Annual statistical returns and brief notes on vaccination in Bengal - 1896-1909
Year: 1896
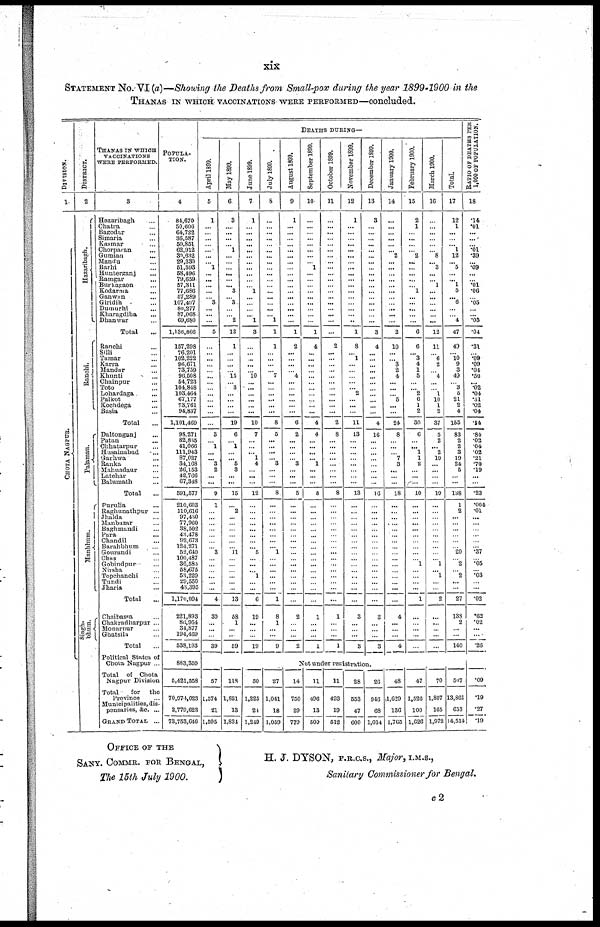
xix
STATEMENT No.VI(a)—Showing the Deaths from Small-pox during the year 1899-1900 in the
THANAS IN WHICH VACCINATIONS WERE PERFORMED—concluded.
DIVISION.
1
CHOTA NAGPUR.
DISTRICT.
2
Hazaribagh.
Ranchi.
Palamau.
Manbhum.
Singh¬
bhum.
THANAS IN WHICH
VACCINATIONS
WERE PERFORMED.
3
Hazaribagh ...
Chatra ...
Bagodar ...
Simaria ...
Kasmar ...
Chorparan ...
Gumian ...
Mandu ...
Barhi ...
Hunterganj ...
Ramgar ...
Burkagaon ...
Kodarma ...
Ganwan ...
Giridih ...
Dumurhi ...
Kharagdiha ...
Dhanwar ...
Total ...
Ranchi ...
Silli ...
Tamar ...
Karra ...
Mandar ...
Khunti ...
Chainpur ...
Toto ...
Lohardaga ...
Palkot ...
Kochdega ...
Basia ...
Total ...
Daltonganj ...
Patan ...
Chhatarpur ...
Husainabad ...
Garhwa ...
Ranka ...
Mahuadaur ...
Latehar ...
Balumath ...
Total ...
Purulia ...
Raghunathpur ...
Jhalda ...
Manbazar ...
Baghmandi ...
Para ...
Chandil ...
Barahbhum ...
Gourandi ...
Chas ...
Gobindpur ...
Nirsha ...
Topchanchi ...
Tundi ...
Jharia ...
Total ...
Chnibassa ...
Chakradharpur ...
Monarnur ...
Ghatsila ...
Total ...
Political States of
Chota Nagpur ...
Total of Chota
Nagpur Division
Total
for
t h e
Province
Municipalities, dis-
pensaries, &c. ...
GRAND TOTAL ...
POPULA-
----.
4
84,670 50,606
64,722
36,587 50,851
62,912
30,632
29,330
51,593
58,496
79,659
57,311
77,686
57,289
107,497
80,277
87,0277
69,680
1,136,866
157,298
76,201
102,222
98,671
73,759
96,508
54,723
104,848
103,464
67,177
73,761
94,837
1,101,469
98,271
82,835
41,066
111,943
87,027
34,163
26,153
42,766
67,348
591,577
210,603
110,616
97,430
77,960
38,502
43, 478
92,673
124,271
52,640
100,487
36,585
58,675
53,220
29,550
43,395
1,170,094
221,893
86,954
34,877
194,469
538,193
883,359
5,421,558
70,974,023
2,779,623
73,753,646
DEATHS DURING—
April 1899.
5
1
...
...
...
...
...
...
... 1
...
...
...
...
... 3
...
...
...
5
...
...
...
...
...
...
...
...
...
...
...
...
...
3
... 1
...
... 3
2
...
...
9
1
...
...
...
...
...
...
... 3
...
...
...
...
...
...
4
39
...
...
...
39
May 1899.
6
3
...
...
...
... 1
...
...
...
...
...
... 3
... 3
...
... 2
12
1
...
...
...
... 15
... 3
...
...
...
...
19
6
... 1
...
... 5
3
...
...
15
...
2
...
...
...
...
...
... 11
...
...
...
...
...
..
13
58
1
...
...
59
June 1899.
7
1
...
...
...
...
...
...
...
...
...
...
... 1
...
...
...
... 1
3
...
...
...
...
... 10
...
...
...
...
...
...
10
7
...
...
... 1
4
...
...
...
12
...
...
...
...
...
...
...
... 5
...
...
... 1
...
...
6
19
...
...
...
19
July 1899.
8
...
...
...
...
...
...
...
...
...
...
...
...
...
...
...
...
... 1
1
1
...
...
...
... 7
...
...
...
...
...
...
8
5
...
...
...
... 3
...
...
...
8
...
...
...
...
...
...
...
... 1
...
...
...
...
...
...
1
8
1
...
...
9
August 1899.
9
1
...
...
...
...
...
...
...
...
...
...
...
...
...
...
...
...
...
1
2
...
...
...
... 4
...
...
...
...
...
...
6
2
...
...
...
... 3
...
...
...
5
...
...
...
...
...
...
...
...
...
...
...
...
...
...
...
...
2
...
...
...
2
September 1899.
10
...
...
...
...
...
...
...
... 1
...
...
...
...
...
...
...
...
...
1
4
...
...
...
...
...
...
...
...
...
...
...
4
4
...
...
...
... 1
...
...
...
6
...
...
...
...
...
...
...
...
...
...
...
...
...
...
...
...
1
...
...
...
1
October 1899.
11
...
...
...
...
...
...
...
...
...
...
...
...
...
...
...
...
...
...
...
2
...
...
...
...
...
...
...
...
...
...
...
2
8
...
...
...
...
...
...
...
...
8
...
...
...
...
...
...
...
...
...
...
...
...
...
...
...
...
1
...
...
...
1
November 1899.
12
1
...
...
...
...
...
...
...
...
...
...
...
...
...
...
...
...
...
1
8
... 1
...
...
...
...
... 2
...
...
...
11
13
...
...
...
...
...
...
...
...
13
...
...
...
...
...
...
...
...
...
...
...
...
...
...
...
...
3
...
...
...
3
December 1899.
13
3
...
...
...
...
...
...
...
...
...
...
...
...
...
...
...
...
...
3
4
...
...
...
...
...
...
...
...
...
...
...
4
16
...
...
...
...
...
...
...
...
16
...
...
...
...
...
...
...
...
...
...
...
...
...
...
...
...
3
...
...
...
3
January 1900.
14
...
...
... ...
...
... 2
...
...
...
...
...
...
...
...
...
...
...
2
10
...
... 3
2
4
...
...
... 5
...
...
24
8
...
...
... 7
3
...
...
...
18
...
...
...
...
...
...
...
...
...
...
...
...
...
...
...
...
4
...
...
...
4
February 1900.
15
2
1
...
...
...
... 2
...
...
...
...
... 1
...
...
...
...
...
6
6
... 3
4
1
5
...
... 2
6
1
2
30
6
...
... 1
1
2
...
...
...
10
...
...
...
...
...
...
...
...
...
... 1
...
...
...
...
1
...
...
...
...
...
March 1900.
16
...
...
...
...
...
... 8
... 3
...
... 1
...
...
...
...
...
...
12
11
... 6
2
... 4
...
... 1
10
1
2
37
5
2
2
10
...
...
...
...
19
...
...
...
...
...
...
...
...
...
... 1
... 1
...
...
2
...
...
...
...
Total.
17
12
1
...
...
... 1
12
... 5
...
...
1
5
... 6
...
... 4
47
40
... 10
9
3
49
... 3
5
21
2
4
155
83
2
2
3
19
24
5
...
...
138
1
2
...
...
...
...
...
... 20
... 2
... 2
...
...
27
138
2
...
...
140
RATIO OF DEATHS PER
1,000 OF POPULATION.
18
.14
.01
...
...
... .01
.39
... .09
...
... .01
.06
... .05
...
... .05
.04
.31
... .09
.09
.04
.50
... .02
.04
.31
.02
.04
.14
.84
.02
.04
.02
.21
.70
.19
...
...
.23
.004
.01
...
...
...
...
...
... .37
... .05
... .03
...
...
.02
.62
.02
...
...
.26
Not under registration.
57
1,574
21
1,595
118
1,821
13
1,834
50
1,225
21
1,249
27
1,041
18
1,059
14
750
29
779
11
496
13
509
11
493
19
512
28
553
47
600
26
946
68
1,014
48
1,629
136
1,763
47
1,526
100
1,626
70
1,807
165
1,972
507
13,861
653
14,514
.09
.19
.27
.19
OFFICE OF THE
SANY. COMMR. FOR BENGAL,
The 15th July 1900.
H. J. DYSON, F.R.C.S., Major, I.M.S.,
Sanitary Commissioner for Bengal.
c2